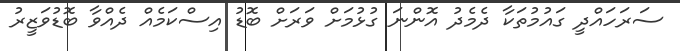
ސަރަހައްދީ ގައުމުތަކާ ދެމެދު އޮންނަ ގުޅުމަށް ވަރަށް ބޮޑު އިސްކަމެއް ދެއްވާ ބޮޑުވަޒީރު